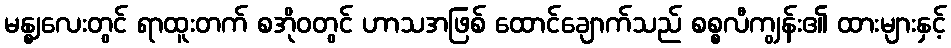
မန္ဈလေးတွင် ရာထူးတက် စအိုဝတွင် ဟာသအဖြစ် ထောင်ချောက်သည် စစ္စလီကျွန်း၏ ထားများနှင့်